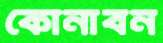
কোনাবন